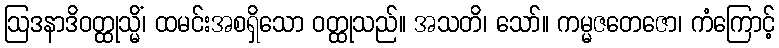
ဩဒနာဒိဝတ္ထုသ္မိံ၊ ထမင်းအစရှိသော ဝတ္ထုသည်။ အသတိ၊ သော်။ ကမ္မဇတေဇော၊ ကံကြောင့်